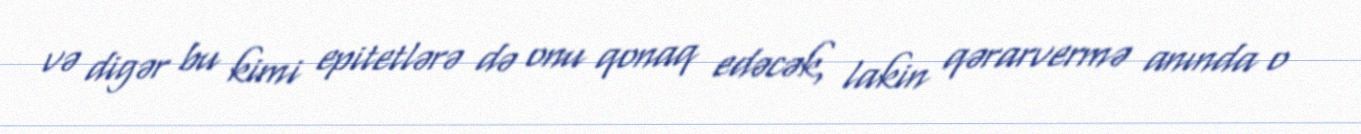
və digər bu kimi epitetlərə də onu qonaq edəcək, lakin qərarvermə anında o